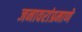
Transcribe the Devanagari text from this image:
जनावरांप्रमाणे